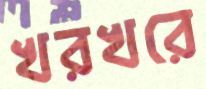
খরখরে